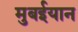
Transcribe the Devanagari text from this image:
मुबईयान